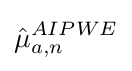
{\hat {\mu }}_{a,n}^{AIPWE}